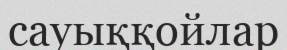
сауыққойлар